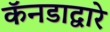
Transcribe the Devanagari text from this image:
कॅनडाद्वारे